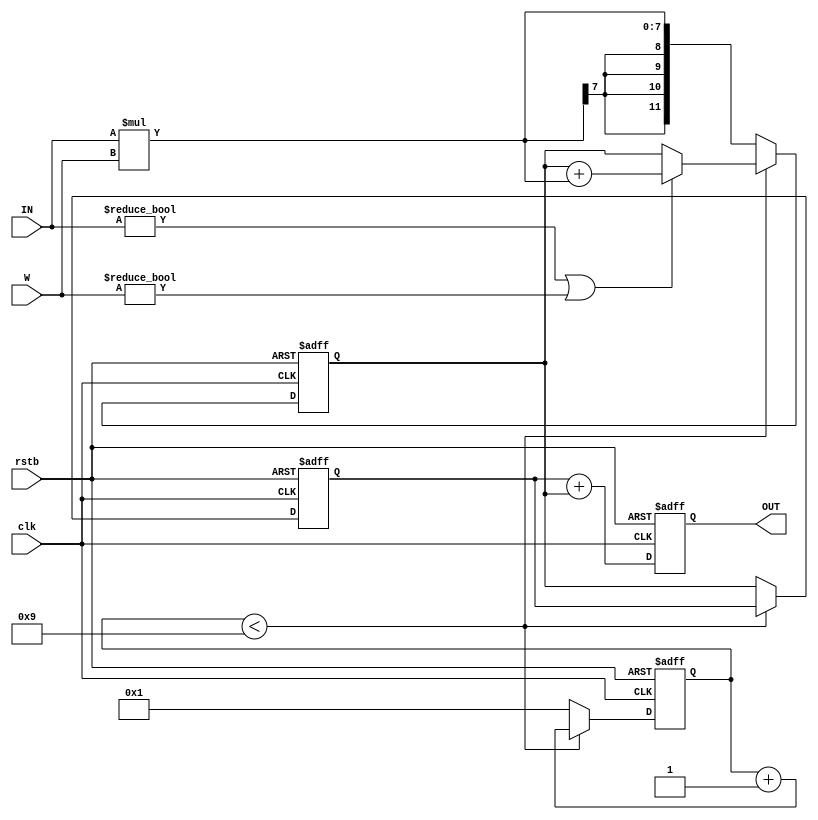
module mac(input signed [3:0] IN, input signed [3:0] W, input clk, input rstb, output reg signed [11:0] OUT);

    reg signed [11:0] A;
    reg signed [11:0] B;
    reg [3:0] cycle_count;

    always @(posedge clk or negedge rstb) begin
        if (!rstb) begin
            A <= 0;
            B <= 0;
            cycle_count <= 0;
            OUT <= 0;
        end else begin
            if (cycle_count < 9) begin
                if (IN != 0 || W != 0) begin
                    B <= B + (IN * W);
                end
                cycle_count <= cycle_count + 1;
            end else begin
                A <= B;
                B <= (IN * W);
                cycle_count <= 1;
            end
            OUT <= A + B;
        end
    end
endmodule